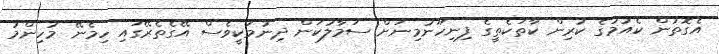
އެގޮތުން ކެއުމުގެ ކުރިން ކާތަކެތީގެ ފިނިހޫނުމިނަށް ސަމާލުކަން ދިނުމަކީވެސް އޭގެތެރޭގައި ހިމެނޭ މުހިންމު